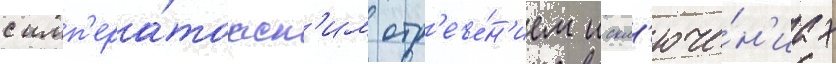
с имп'ера́торск'им отр'ече́н'ием искл'юче́н'иах